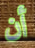
أن